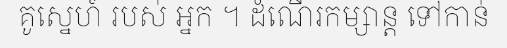
គូស្នេហ៍ របស់ អ្នក ។ ដំណើរកម្សាន្ត ទៅកាន់